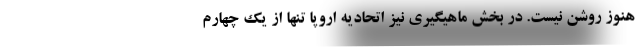
هنوز روشن نیست. در بخش ماهیگیری نیز اتحادیه اروپا تنها از یک چهارم